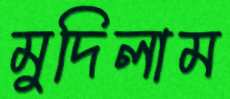
মুদিলাম